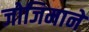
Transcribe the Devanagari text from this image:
जोजिमाने